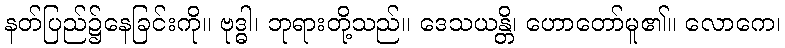
နတ်ပြည်၌နေခြင်းကို။ ဗုဒ္ဓါ၊ ဘုရားတို့သည်။ ဒေသယန္တိ၊ ဟောတော်မူ၏။ လောကေ၊